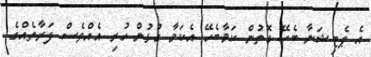
އެ ޕެޓިޝަނާ ބެހޭ ގޮތުން ކަމާބެހޭ އެކަމާ ގުޅުން ހުރި އެއްވެސް ފަރާތެއްގެ